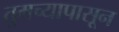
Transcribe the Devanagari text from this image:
तुमच्यापासून